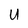
Character: U